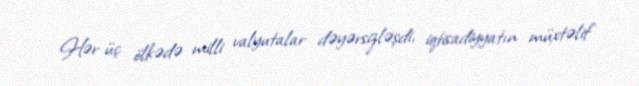
Hər üç ölkədə milli valyutalar dəyərsizləşdi, iqtisadiyyatın müxtəlif